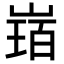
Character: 𡻂